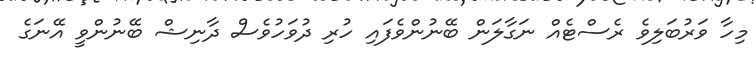
މިހާ ވަރުބަލިވެ ރެސްޓެއް ނަގާލަން ބޭނުންވެފައި ހުރި ދުވަހުވެސް ދާނިޝް ބޭނުންވީ އޭނަގެ